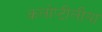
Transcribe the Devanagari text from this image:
कलोप्टीलीया